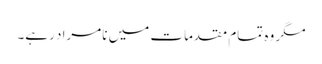
مگر وہ تمام مقدمات میں نامراد رہے۔